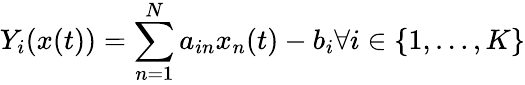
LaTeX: Y_{i}(x(t))=\sum_{n=1}^{N}a_{in}x_{n}(t)-b_{i}{\mathrm{}}\forall i\in\{ 1,\ldots,K\}